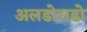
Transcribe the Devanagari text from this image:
अलडोराडो